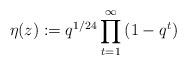
LaTeX: \begin{align*}\eta(z):=q^{1/24}\prod_{t=1}^{\infty}{(1-q^t)}\end{align*}